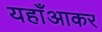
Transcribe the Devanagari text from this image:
यहाँआकर